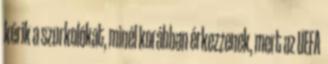
kérik a szurkolókat, minél korábban érkezzenek, mert az UEFA